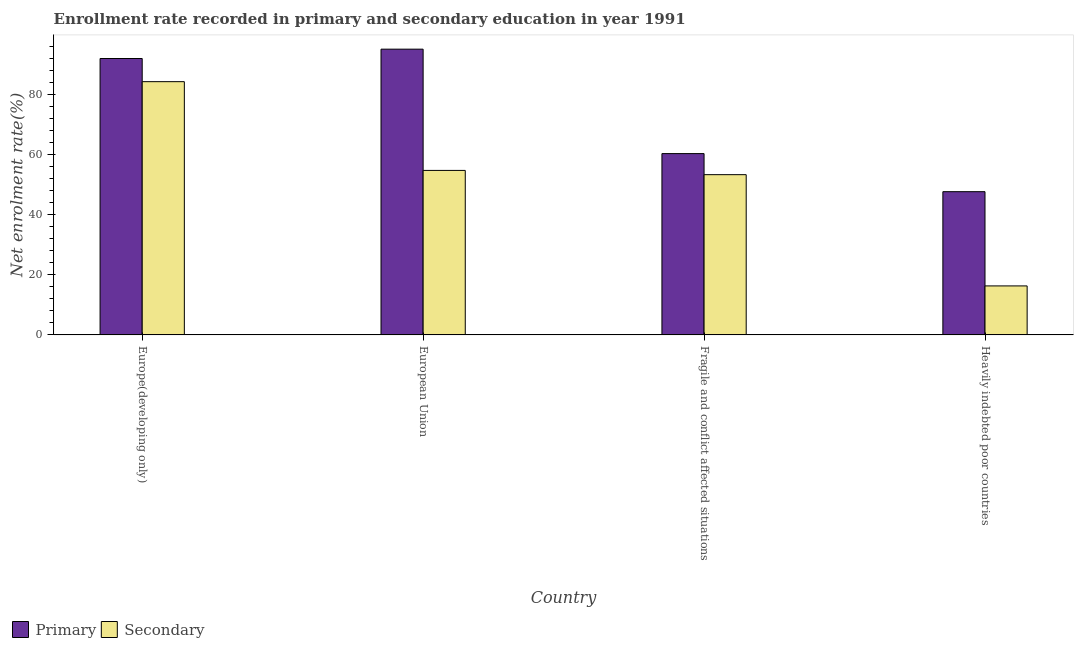
| Country | Primary | Secondary |
 | --- | --- | --- |
 | Europe(developing only) | 91.9 | 84.2 |
 | European Union | 95 | 54.7 |
 | Fragile and conflict affected situations | 60.3 | 53.3 |
 | Heavily indebted poor countries | 47.6 | 16.3 |